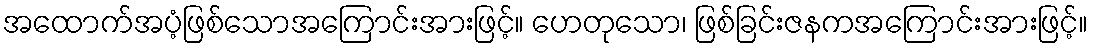
အထောက်အပံ့ဖြစ်သောအကြောင်းအားဖြင့်။ ဟေတုသော၊ ဖြစ်ခြင်းဇနကအကြောင်းအားဖြင့်။